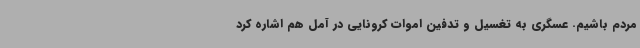
مردم باشیم. عسگری به تغسیل و تدفین اموات کرونایی در آمل هم اشاره کرد